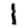
Digit: 1